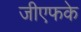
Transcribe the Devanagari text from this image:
जीएफके